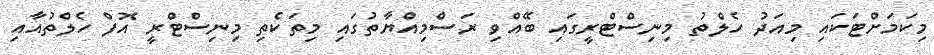
މިކަމަށްޓަކައި މިއަދު ހެލްތު މިނިސްޓްރީގައި ބޭއްވި ރަސްމިއްޔާތުގައި މިތަކެތި މިނިސްޓްރީ އޮފް ހެލްތުއާއި